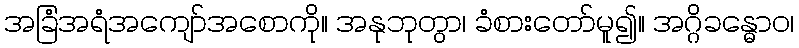
အခြံအရံအကျော်အစောကို။ အနုဘုတွာ၊ ခံစားတော်မူ၍။ အဂ္ဂိခန္ဓောဝ၊